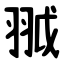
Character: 䎀